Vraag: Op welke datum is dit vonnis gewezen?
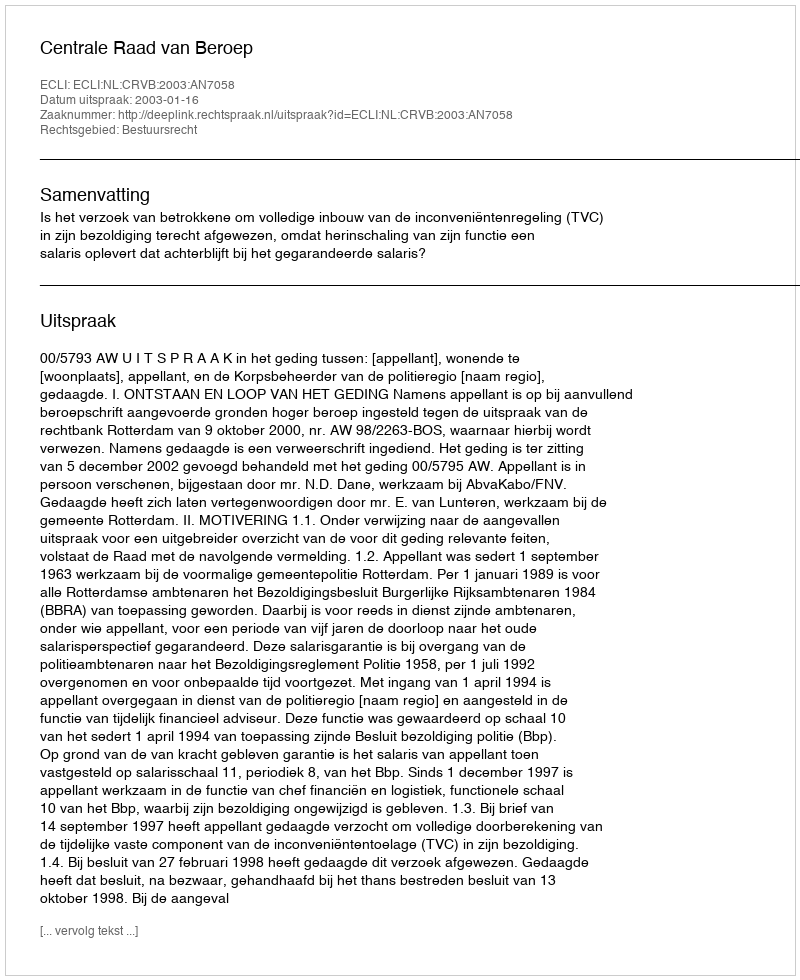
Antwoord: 2003-01-16